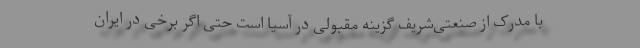
با مدرک از صنعتی‌شریف گزینه مقبولی در آسیا است حتی اگر برخی در ایران